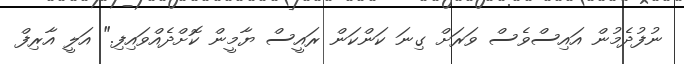
ނުފުދެމުން އައިސްވެސް ވަރަށް ގިނަ ކަންކަން ރައީސް ޔާމީން ކޮށްދެއްވައިފި." އަލީ އާރިފް